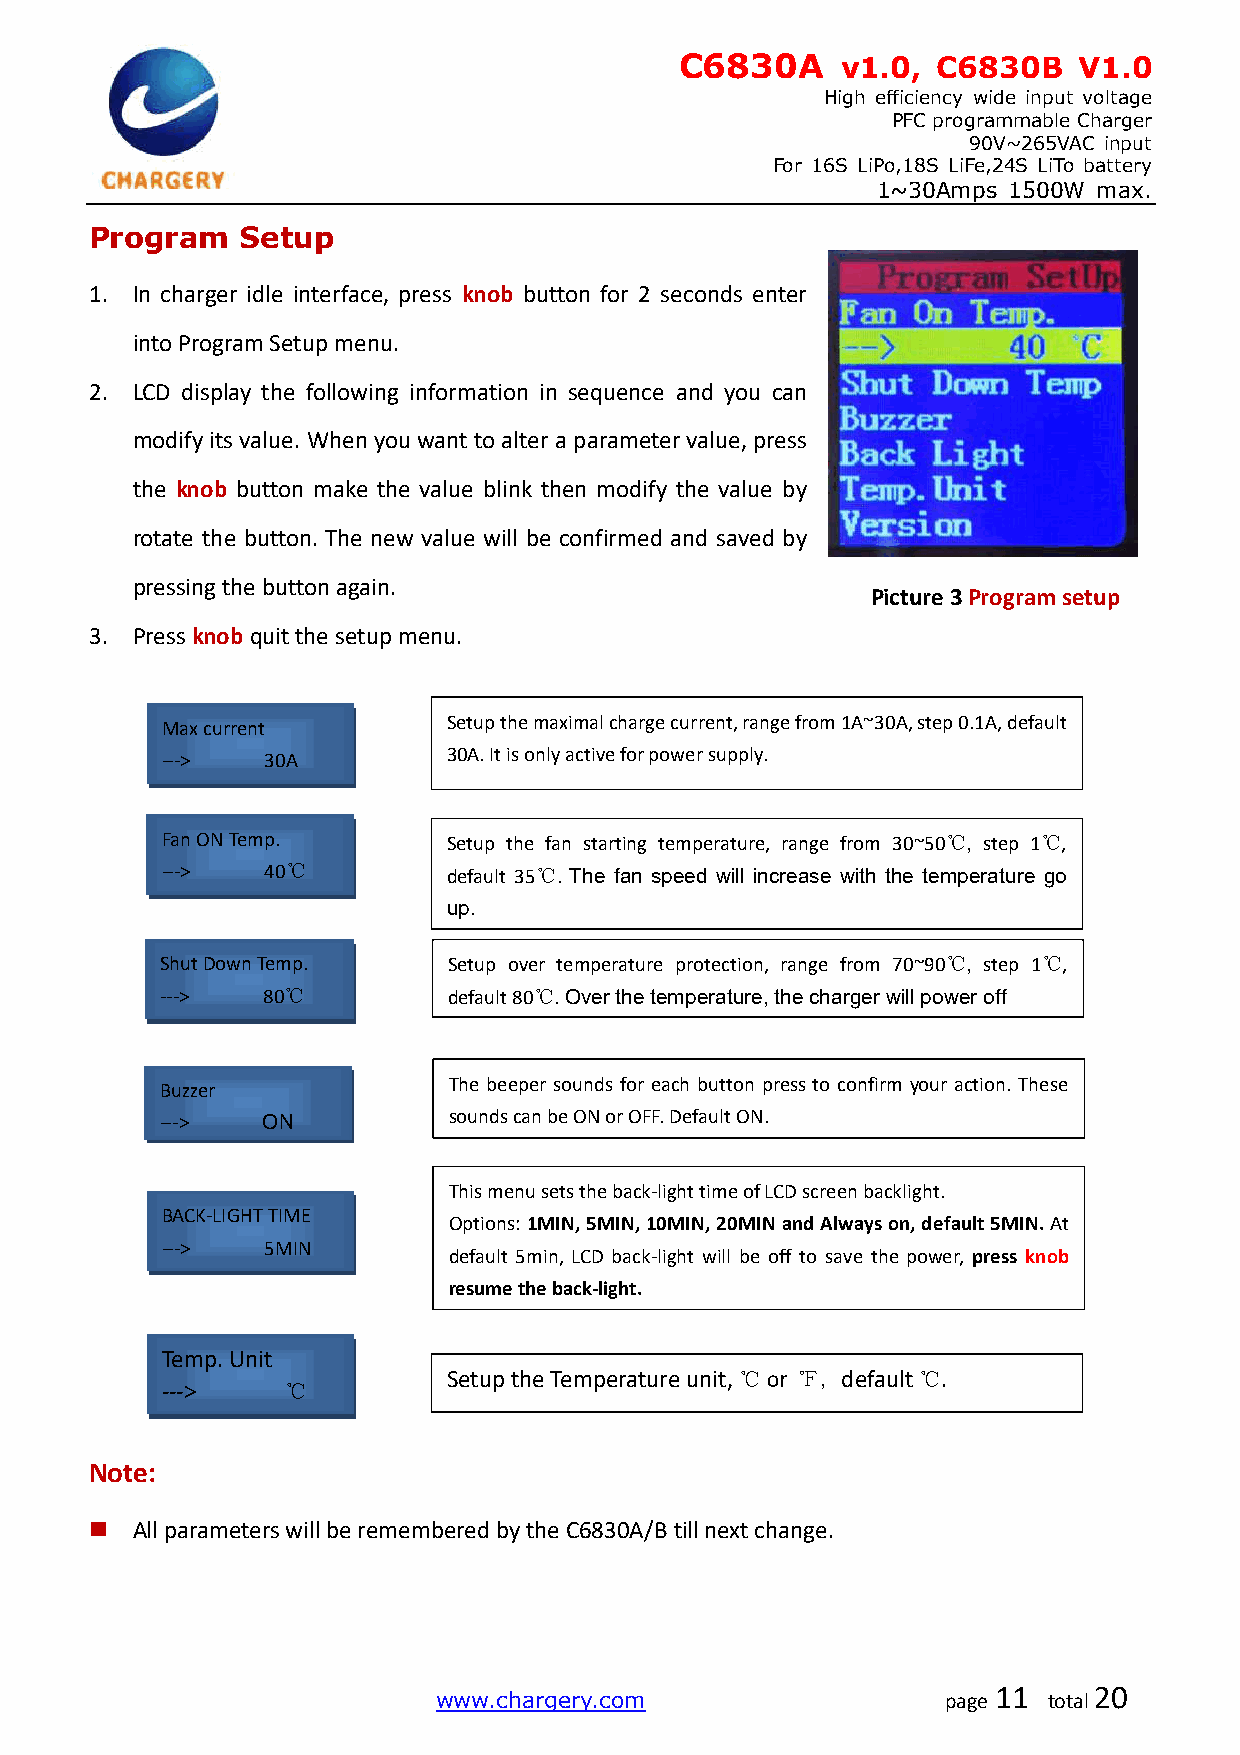
C6830A     v1.0, C6830B   V1.0
 High efficiency wide input voltage
 PFC programmable Charger
 90V~265VAC input
 For 16S LiPo,18S LiFe,24S LiTo battery
 1~30Amps 1500W max.
 Program   Setup
 1. In charger idle interface, press knob button for 2 seconds enter
 into Program Setup menu.
 2. LCD display the following information in sequence and you can
 modify its value. When you want to alter a parameter value, press
 the knob button make the value blink then modify the value by
 rotate the button. The new value will be confirmed and saved by
 pressing the button again.
 Picture 3 Program setup
 3. Press knob quit the setup menu.
 Max current        Setup the maximal charge current, range from 1A~30A, step 0.1A, default
 --->   30A         30A. It is only active for power supply.
 Fan ON Temp.       Setup the fan starting temperature, range from 30~50℃, step 1℃,
 --->   40℃         default 35℃. The fan speed will increase with the temperature go
 up.
 Shut Down Temp.    Setup over temperature protection, range from 70~90℃, step 1℃,
 --->  80℃          default 80℃. Over the temperature, the charger will power off
 Buzzer             The beeper sounds for each button press to confirm your action. These
 --->  ON           sounds can be ON or OFF. Default ON.
 This menu sets the back-light time of LCD screen backlight.
 BACK-LIGHT TIME
 Options: 1MIN, 5MIN, 10MIN, 20MIN and Always on, default 5MIN. At
 --->   5MIN
 default 5min, LCD back-light will be off to save the power, press knob
 resume the back-light.
 Temp. Unit
 Setup the Temperature unit, ℃ or ℉, default ℃.
 --->    ℃
 Note:
   All parameters will be remembered by the C6830A/B till next change.
 www.chargery.com                  page
 11
 total
 20